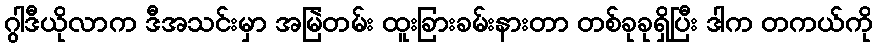
ဂွါဒီယိုလာက ဒီအသင်းမှာ အမြဲတမ်း ထူးခြားခမ်းနားတာ တစ်ခုခုရှိပြီး ဒါက တကယ်ကို